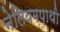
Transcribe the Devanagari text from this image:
नेलियमपाथी